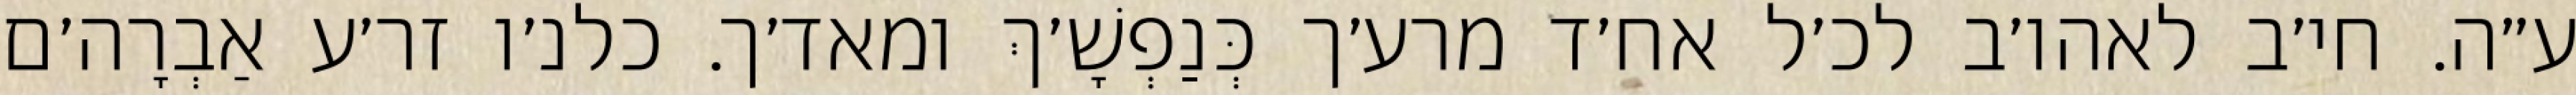
ע״ה. חי׳ב לאהו׳ב לכ׳ל אח׳ד מרע׳ך כְּנַפְשָׁ׳ךְ ומאד׳ך. כלנ׳ו זר׳ע אַבְרָה׳ם